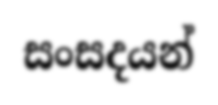
සංසදයන්